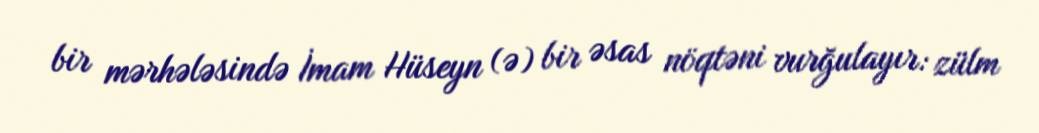
bir mərhələsində İmam Hüseyn (ə) bir əsas nöqtəni vurğulayır: zülm